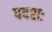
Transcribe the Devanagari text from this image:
पदशः